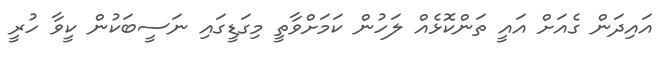
އައިދަން ގެއަށް އައީ ތަންކޮޅެއް ލަހުން ކަމަށްވާތީ މިގަޑީގައި ނަސީބަކުން ކީވާ ހުރީ